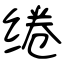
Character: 绻